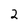
Character: 2